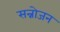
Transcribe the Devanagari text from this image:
सन्नोजन